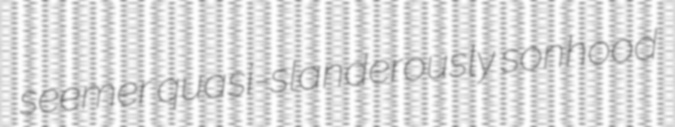
seemer quasi-slanderously sonhood